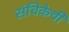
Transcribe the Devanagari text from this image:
संचिकेची